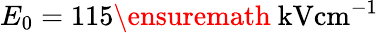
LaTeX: E_{0}=115\ensuremath{~\mathrm{kV}\mathrm{cm}^{-1}}